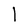
Character: l